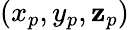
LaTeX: (x_{p},y_{p},\mathbf{z}_{p})